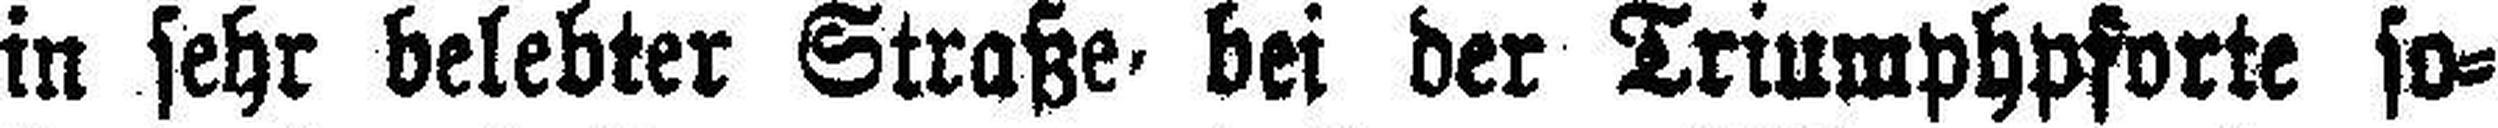
in sehr belebter Straße bei der Triumphpforte so¬